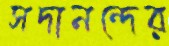
সদানন্দের